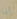
انا